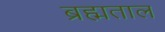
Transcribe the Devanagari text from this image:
ब्रह्मताल